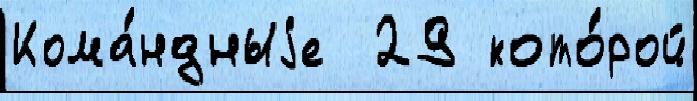
Кома́ндныjе  29 кото́рой